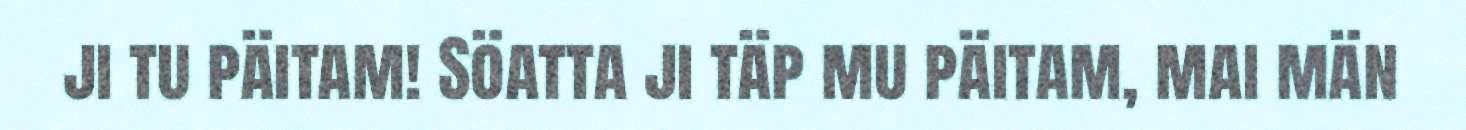
ji tu päitam! Söatta ji täp mu päitam, mai män